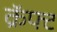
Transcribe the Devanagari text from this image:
क्रॅफ्ट